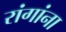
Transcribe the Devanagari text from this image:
रांगांना